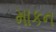
માકન